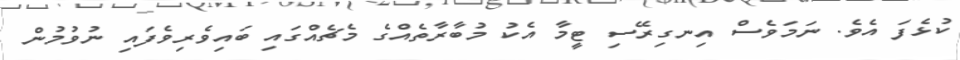
ކުޅެފަ އެވެ. ނަމަވެސް އިނގިރޭސި ޓީމާ އެކު މުބާރާތެއްގެ މެޗެއްގައި ބައިވެރިވެފައި ނުވުމުން